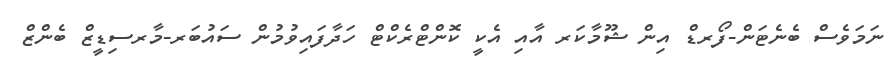
ނަމަވެސް ބެނެޓަން-ފޯރޑް އިން ޝޫމާކަރ އާއި އެކީ ކޮންޓްރެކްޓް ހަދާފައިވުމުން ސައުބަރ-މާރސިޑީޒް ބެންޒް